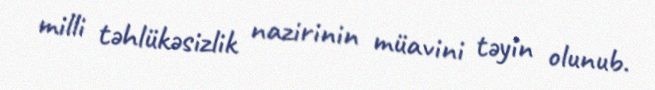
milli təhlükəsizlik nazirinin müavini təyin olunub.